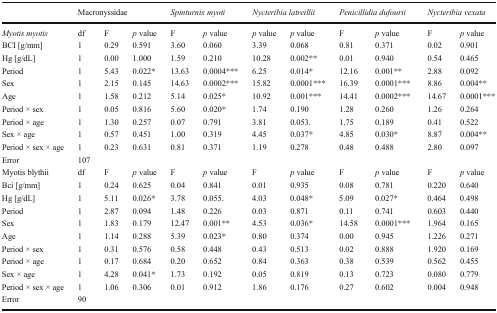
<table><thead><tr><td></td><td colspan="3"><b>Macronyssidae</b></td><td colspan="2"><b><i>Spinturnix myoti</i></b></td><td colspan="2"><b><i>Nycteribia latreillii</i></b></td><td colspan="2"><b><i>Penicillidia dufourii</i></b></td><td colspan="2"><b><i>Nycteribia vexata</i></b></td></tr></thead><tbody><tr><td><i>Myotis myotis</i></td><td>df</td><td>F</td><td><i>p</i> value</td><td>F</td><td><i>p</i> value</td><td><i>p</i> value</td><td><i>p</i> value</td><td>F</td><td><i>p</i> value</td><td>F</td><td><i>p</i> value</td></tr><tr><td>BCI [g/mm]</td><td>1</td><td>0.29</td><td>0.591</td><td>3.60</td><td>0.060</td><td>3.39</td><td>0.068</td><td>0.81</td><td>0.371</td><td>0.02</td><td>0.901</td></tr><tr><td>Hg [g/dL]</td><td>1</td><td>0.00</td><td>1.000</td><td>1.59</td><td>0.210</td><td>10.28</td><td>0.002**</td><td>0.01</td><td>0.940</td><td>0.54</td><td>0.465</td></tr><tr><td>Period</td><td>1</td><td>5.43</td><td>0.022*</td><td>13.63</td><td>0.0004***</td><td>6.25</td><td>0.014*</td><td>12.16</td><td>0.001**</td><td>2.88</td><td>0.092</td></tr><tr><td>Sex</td><td>1</td><td>2.15</td><td>0.145</td><td>14.63</td><td>0.0002***</td><td>15.82</td><td>0.0001***</td><td>16.39</td><td>0.0001***</td><td>8.86</td><td>0.004**</td></tr><tr><td>Age</td><td>1</td><td>1.58</td><td>0.212</td><td>5.14</td><td>0.025*</td><td>10.92</td><td>0.001***</td><td>14.41</td><td>0.0002***</td><td>14.67</td><td>0.0001***</td></tr><tr><td>Period × sex</td><td>1</td><td>0.05</td><td>0.816</td><td>5.60</td><td>0.020*</td><td>1.74</td><td>0.190</td><td>1.28</td><td>0.260</td><td>1.26</td><td>0.264</td></tr><tr><td>Period × age</td><td>1</td><td>1.30</td><td>0.257</td><td>0.07</td><td>0.791</td><td>3.81</td><td>0.053.</td><td>1.75</td><td>0.189</td><td>0.41</td><td>0.522</td></tr><tr><td>Sex × age</td><td>1</td><td>0.57</td><td>0.451</td><td>1.00</td><td>0.319</td><td>4.45</td><td>0.037*</td><td>4.85</td><td>0.030*</td><td>8.87</td><td>0.004**</td></tr><tr><td>Period × sex × age</td><td>1</td><td>0.23</td><td>0.631</td><td>0.81</td><td>0.371</td><td>1.19</td><td>0.278</td><td>0.48</td><td>0.488</td><td>2.80</td><td>0.097</td></tr><tr><td>Error</td><td>107</td><td></td><td></td><td></td><td></td><td></td><td></td><td></td><td></td><td></td><td></td></tr><tr><td>Myotis blythii</td><td>df</td><td>F</td><td><i>p</i> value</td><td>F</td><td><i>p</i> value</td><td>F</td><td><i>p</i> value</td><td>F</td><td><i>p</i> value</td><td>F</td><td><i>p</i> value</td></tr><tr><td>Bci [g/mm]</td><td>1</td><td>0.24</td><td>0.625</td><td>0.04</td><td>0.841</td><td>0.01</td><td>0.935</td><td>0.08</td><td>0.781</td><td>0.220</td><td>0.640</td></tr><tr><td>Hg [g/dL]</td><td>1</td><td>5.11</td><td>0.026*</td><td>3.78</td><td>0.055.</td><td>4.03</td><td>0.048*</td><td>5.09</td><td>0.027*</td><td>0.464</td><td>0.498</td></tr><tr><td>Period</td><td>1</td><td>2.87</td><td>0.094</td><td>1.48</td><td>0.226</td><td>0.03</td><td>0.871</td><td>0.11</td><td>0.741</td><td>0.603</td><td>0.440</td></tr><tr><td>Sex</td><td>1</td><td>1.83</td><td>0.179</td><td>12.47</td><td>0.001**</td><td>4.53</td><td>0.036*</td><td>14.58</td><td>0.0001***</td><td>1.964</td><td>0.165</td></tr><tr><td>Age</td><td>1</td><td>1.14</td><td>0.288</td><td>5.39</td><td>0.023*</td><td>0.80</td><td>0.374</td><td>0.00</td><td>0.945</td><td>1.226</td><td>0.271</td></tr><tr><td>Period × sex</td><td>1</td><td>0.31</td><td>0.576</td><td>0.58</td><td>0.448</td><td>0.43</td><td>0.513</td><td>0.02</td><td>0.888</td><td>1.920</td><td>0.169</td></tr><tr><td>Period × age</td><td>1</td><td>0.17</td><td>0.684</td><td>0.20</td><td>0.652</td><td>0.84</td><td>0.363</td><td>0.38</td><td>0.539</td><td>0.562</td><td>0.455</td></tr><tr><td>Sex × age</td><td>1</td><td>4.28</td><td>0.041*</td><td>1.73</td><td>0.192</td><td>0.05</td><td>0.819</td><td>0.13</td><td>0.723</td><td>0.080</td><td>0.779</td></tr><tr><td>Period × sex × age</td><td>1</td><td>1.06</td><td>0.306</td><td>0.01</td><td>0.912</td><td>1.86</td><td>0.176</td><td>0.27</td><td>0.602</td><td>0.004</td><td>0.948</td></tr><tr><td>Error</td><td>90</td><td></td><td></td><td></td><td></td><td></td><td></td><td></td><td></td><td></td><td></td></tr></tbody></table>